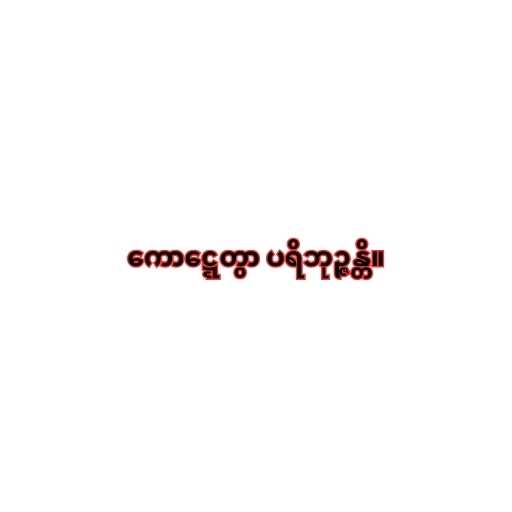
ကောဋ္ဋေတွာ ပရိဘုဉ္ဇန္တိ။